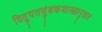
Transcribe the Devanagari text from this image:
विद्युतचुंबकशास्त्रानुसार